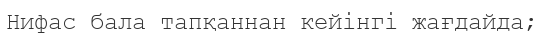
Нифас бала тапқаннан кейінгі жағдайда;